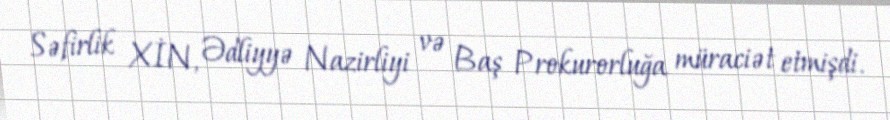
Səfirlik XİN, Ədliyyə Nazirliyi və Baş Prokurorluğa müraciət etmişdi.